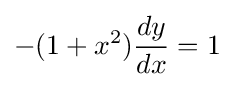
-(1+x^{2}){\frac {dy}{dx}}=1